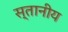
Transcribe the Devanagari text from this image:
स्तानीय